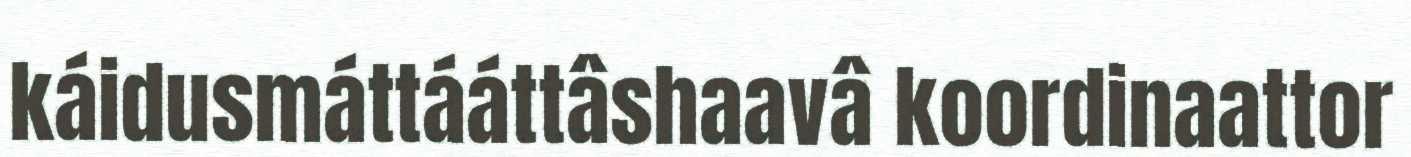
káidusmáttááttâshaavâ koordinaattor